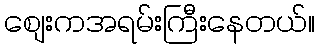
စျေးကအရမ်းကြီးနေတယ်။